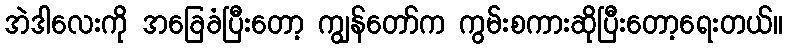
အဲဒါလေးကို အခြေခံပြီးတော့ ကျွန်တော်က ကွမ်းစကားဆိုပြီးတော့ရေးတယ်။